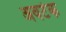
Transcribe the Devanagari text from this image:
अवटंक